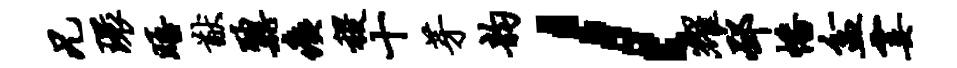
兄环晤猷鼐痍稷十芽韵l耀邳幡盆霎